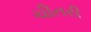
ચીતરી